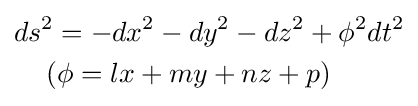
{\begin{aligned}&ds^{2}=-dx^{2}-dy^{2}-dz^{2}+\phi ^{2}dt^{2}\\&\quad \left(\phi =lx+my+nz+p\right)\end{aligned}}